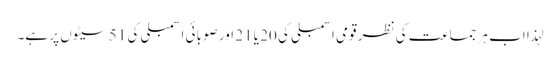
لہذا اب ہر جماعت کی نظر قومی اسمبلی کی 20 یا 21 اور صوبائی اسمبلی کی 51 سیٹوں پر ہے۔